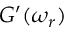
G ^ { \prime } ( \omega _ { r } )